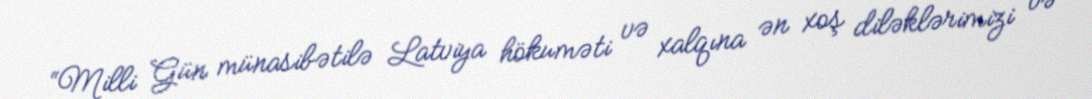
“Milli Gün münasibətilə Latviya hökuməti və xalqına ən xoş diləklərimizi və